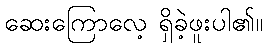
ဆေးကြောလေ့ ရှိခဲ့ဖူးပါ၏။